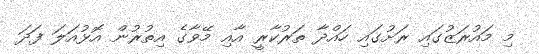
މި މައުރަޒުގައި ރަށުގައި ހައްދާ ތަރުކާރީ އާއި މޭވާގެ އިތުރުން އޮޅުއަލަ ފަދަ